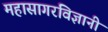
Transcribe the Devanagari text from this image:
महासागरविज्ञानी